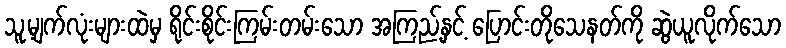
သူ့မျက်လုံးများထဲမှ ရိုင်းစိုင်းကြမ်းတမ်းသော အကြည့်နှင့် ပြောင်းတိုသေနတ်ကို ဆွဲယူလိုက်သော